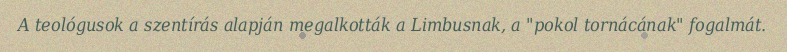
A teológusok a szentírás alapján megalkották a Limbusnak, a "pokol tornácának" fogalmát.